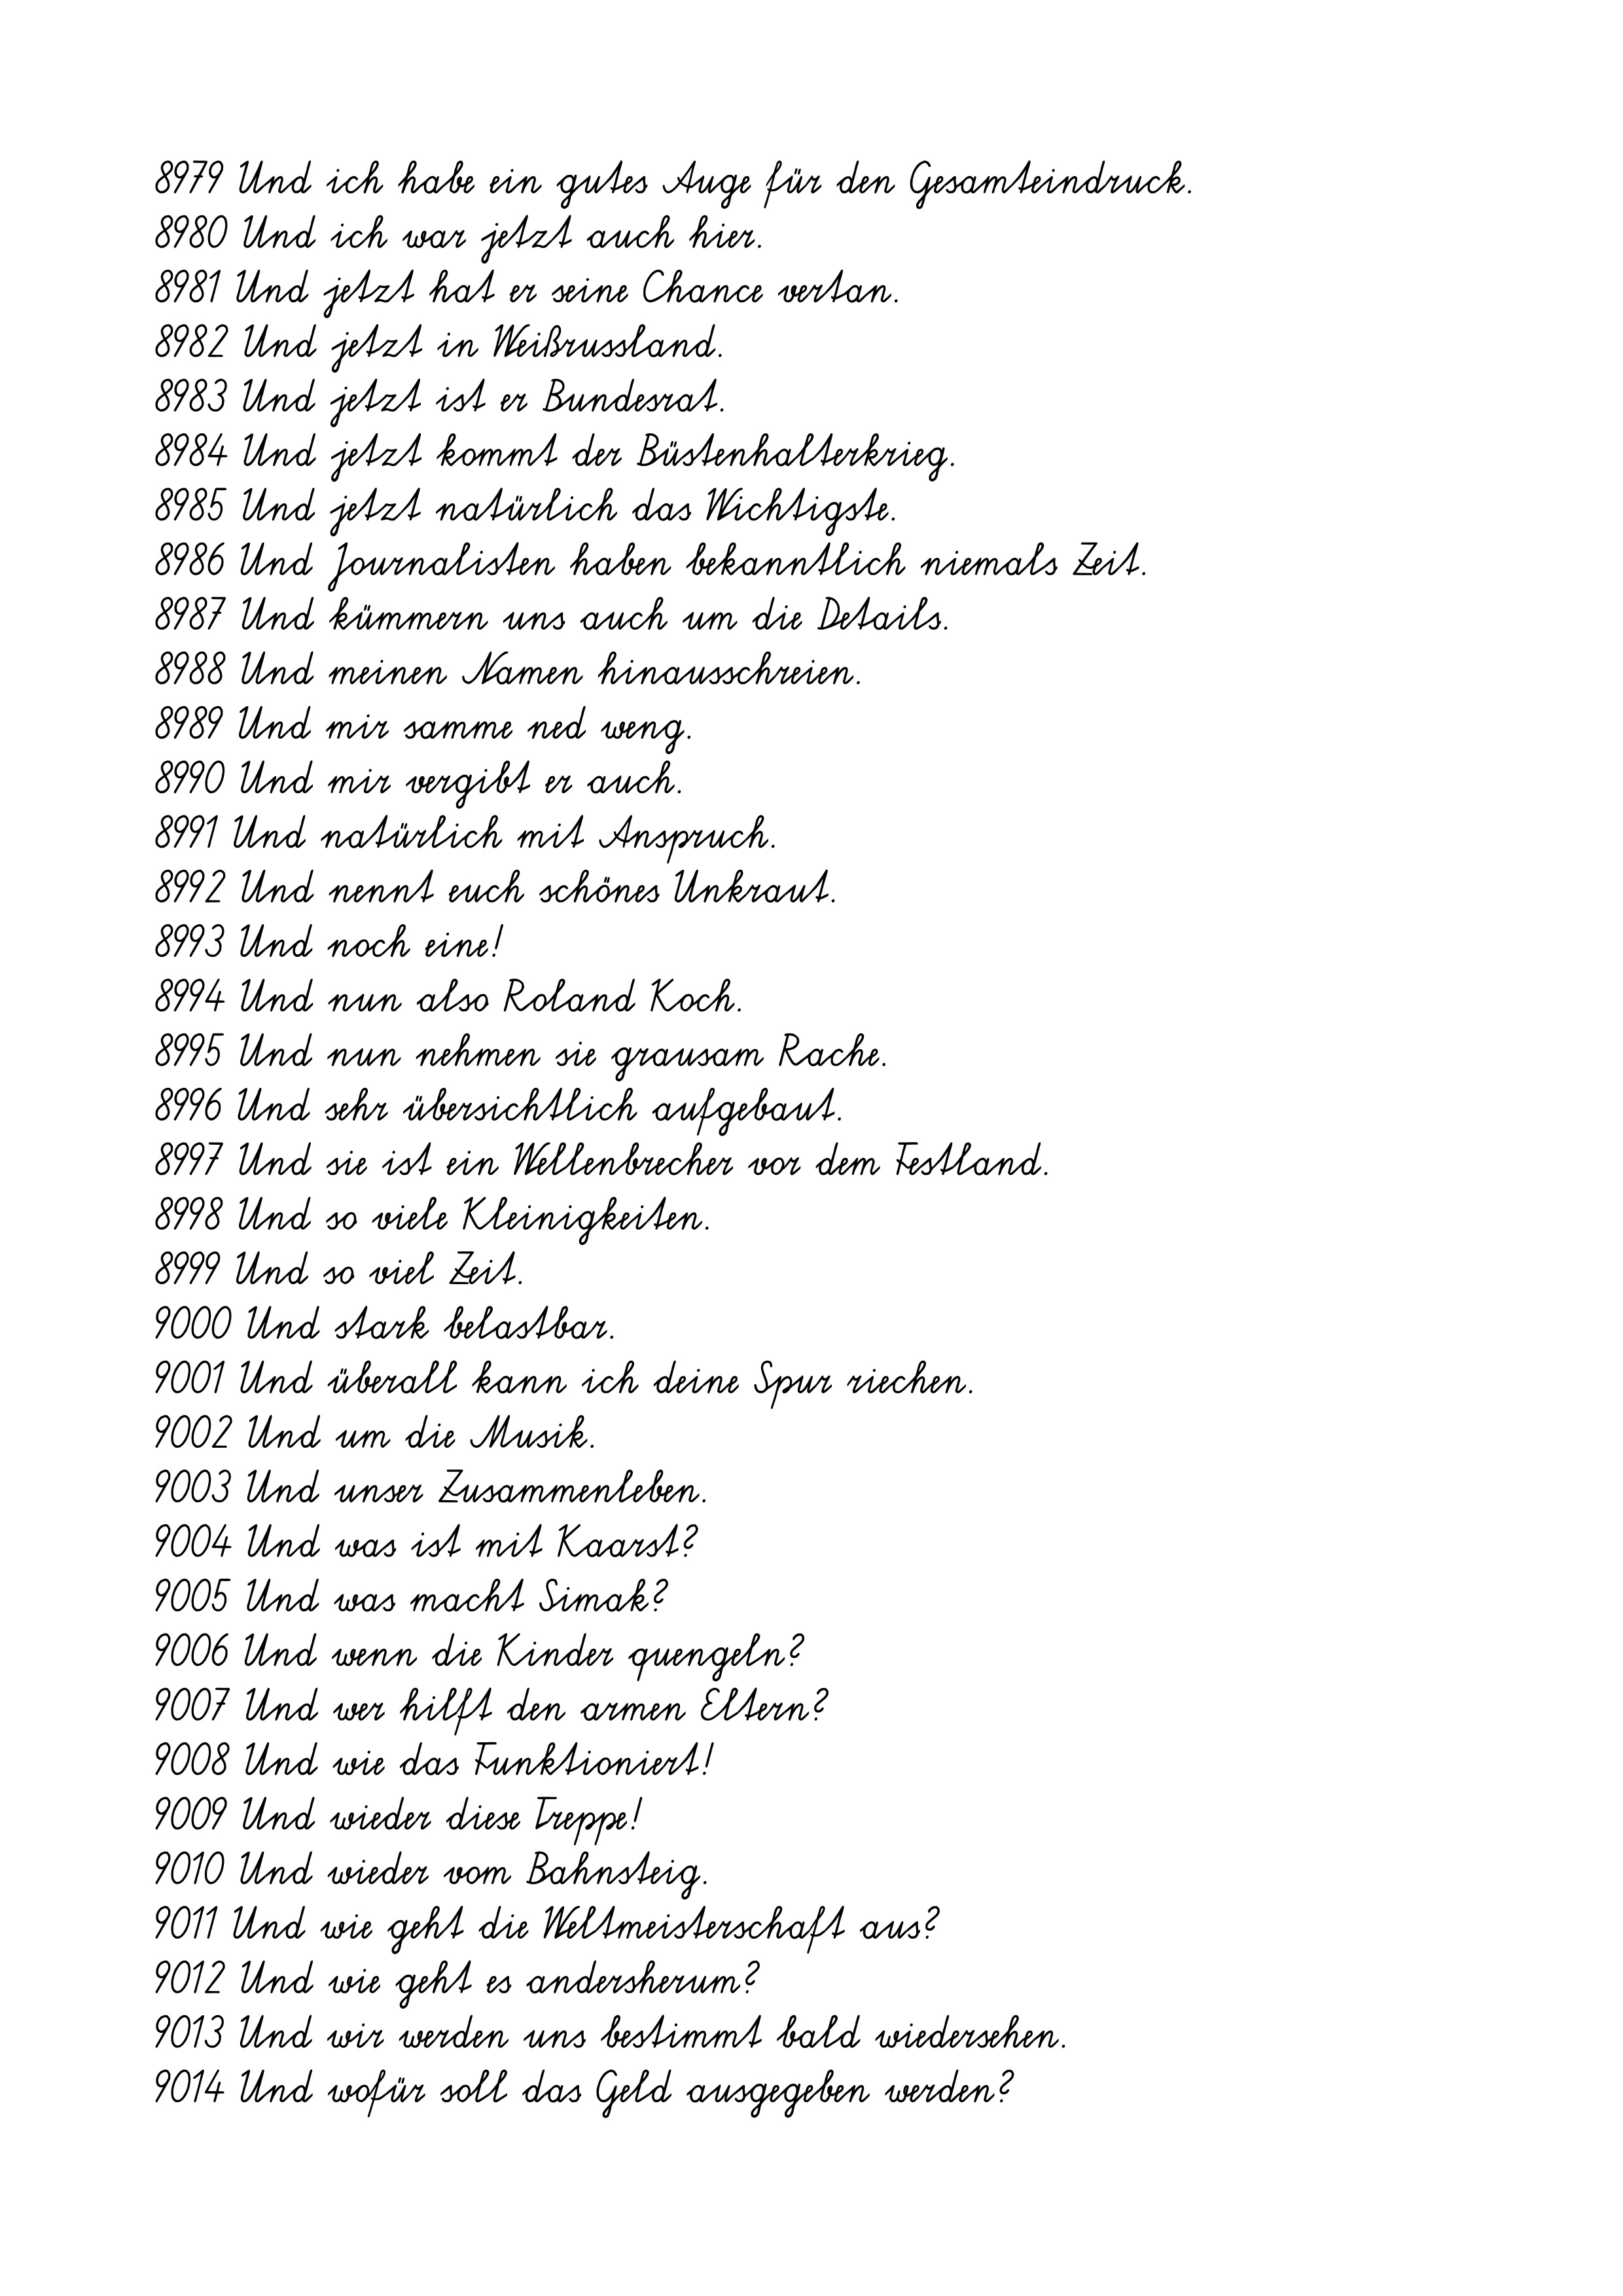
8979 Und ich habe ein gutes Auge für den Gesamteindruck.
8980 Und ich war jetzt auch hier.
8981 Und jetzt hat er seine Chance vertan.
8982 Und jetzt in Weißrussland.
8983 Und jetzt ist er Bundesrat.
8984 Und jetzt kommt der Büstenhalterkrieg.
8985 Und jetzt natürlich das Wichtigste.
8986 Und Journalisten haben bekanntlich niemals Zeit.
8987 Und kümmern uns auch um die Details.
8988 Und meinen Namen hinausschreien.
8989 Und mir samme ned weng.
8990 Und mir vergibt er auch.
8991 Und natürlich mit Anspruch.
8992 Und nennt euch schönes Unkraut.
8993 Und noch eine!
8994 Und nun also Roland Koch.
8995 Und nun nehmen sie grausam Rache.
8996 Und sehr übersichtlich aufgebaut.
8997 Und sie ist ein Wellenbrecher vor dem Festland.
8998 Und so viele Kleinigkeiten.
8999 Und so viel Zeit.
9000 Und stark belastbar.
9001 Und überall kann ich deine Spur riechen.
9002 Und um die Musik.
9003 Und unser Zusammenleben.
9004 Und was ist mit Kaarst?
9005 Und was macht Simak?
9006 Und wenn die Kinder quengeln?
9007 Und wer hilft den armen Eltern?
9008 Und wie das Funktioniert!
9009 Und wieder diese Treppe!
9010 Und wieder vom Bahnsteig.
9011 Und wie geht die Weltmeisterschaft aus?
9012 Und wie geht es andersherum?
9013 Und wir werden uns bestimmt bald wiedersehen.
9014 Und wofür soll das Geld ausgegeben werden?